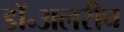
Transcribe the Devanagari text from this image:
डॉ॰अलरीच